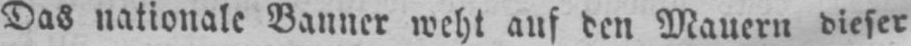
Das nationale Banner weht auf den Mauern dieser